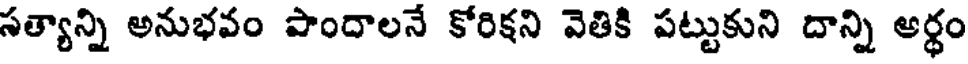
సత్యాన్ని అనుభవం పొందాలనే కోరిక్షని వెతికి పట్టుకుని దాన్ని అర్థం